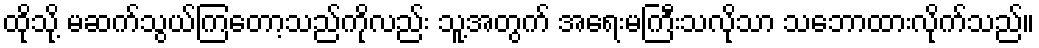
ထိုသို့ မဆက်သွယ်ကြတော့သည်ကိုလည်း သူ့အတွက် အရေးမကြီးသလိုသာ သဘောထားလိုက်သည်။